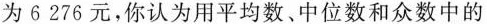
为6276元，你认为用平均数。中位数和众数中的